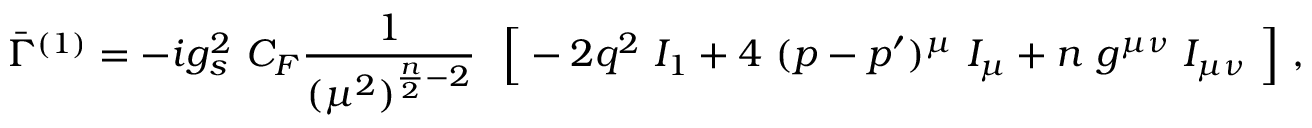
\bar { \Gamma } ^ { ( 1 ) } = - i g _ { s } ^ { 2 } ~ C _ { F } \frac { 1 } { ( \mu ^ { 2 } ) ^ { { \frac { n } { 2 } } - 2 } } ~ ~ \Big [ - 2 q ^ { 2 } ~ I _ { 1 } + 4 ~ ( p - p ^ { \prime } ) ^ { \mu } ~ I _ { \mu } + n ~ g ^ { \mu \nu } ~ I _ { \mu \nu } ~ \Big ] \ ,